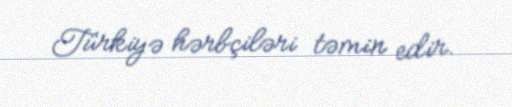
Türkiyə hərbçiləri təmin edir.